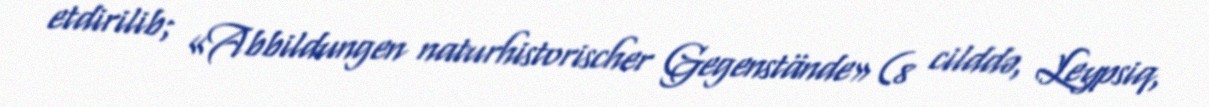
etdirilib; «Abbildungen naturhistorischer Gegenstände» (8 cilddə, Leypsiq,